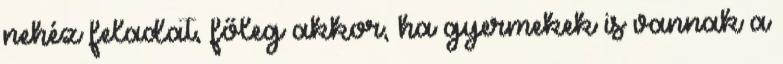
nehéz feladat, főleg akkor, ha gyermekek is vannak a